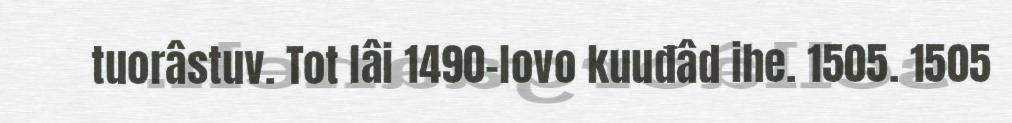
tuorâstuv. Tot lâi 1490-lovo kuuđâd ihe. 1505. 1505